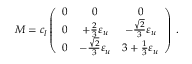
M = c _ { l } \left( \begin{array} { c c c } { { 0 } } & { { 0 } } & { { 0 } } \\ { { 0 } } & { { + \frac { 2 } { 3 } { \varepsilon _ { u } } } } & { { - \frac { \sqrt { 2 } } { 3 } \varepsilon _ { u } } } \\ { { 0 } } & { { - \frac { \sqrt { 2 } } { 3 } \varepsilon _ { u } } } & { { 3 + \frac { 1 } { 3 } \varepsilon _ { u } } } \end{array} \right) \, .